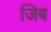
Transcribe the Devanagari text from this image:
जिब